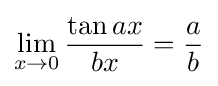
\lim _{x\to 0}{\frac {\tan ax}{bx}}={\frac {a}{b}}